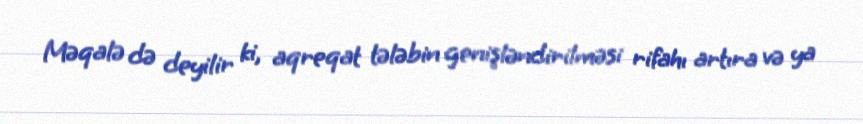
Məqalə də deyilir ki, aqreqat tələbin genişləndirilməsi rifahı artıra və ya